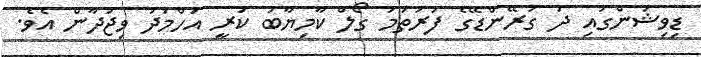
ޑިވިޝަންގައި ދަ ގުރޭންޑޭގެ ފުރަތަމަ ގޯލް ކާމިޔާބު ކުރީ އަހްމަދު ވިޖުދާން އެވެ.